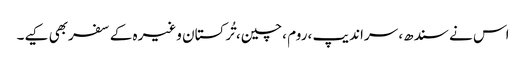
اس نے سندھ، سراندیپ ،روم ،چین، تُرکستان وغیرہ کے سفربھی کیے۔